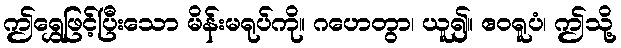
ဤရွှေဖြင့်ပြီးသော မိန်းမရုပ်ကို။ ဂဟေတွာ၊ ယူ၍။ ဧဝရူပံ၊ ဤသို့